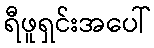
ရီဖူရှင်းအပေါ်